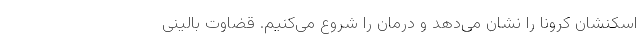
اسکنشان کرونا را نشان می‌دهد و درمان را شروع می‌کنیم. قضاوت بالینی